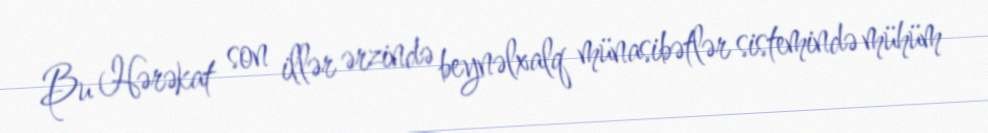
Bu Hərəkat son illər ərzində beynəlxalq münasibətlər sistemində mühüm